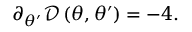
\partial _ { \theta ^ { \prime } } \mathcal { D } \left( \theta , \theta ^ { \prime } \right) = - 4 .